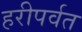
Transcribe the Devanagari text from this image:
हरीपर्वत